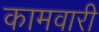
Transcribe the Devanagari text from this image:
कामवारी